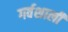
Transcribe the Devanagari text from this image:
गर्वशाली